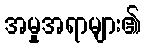
အမှုအရာများ၏